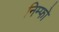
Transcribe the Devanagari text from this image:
निम्फो